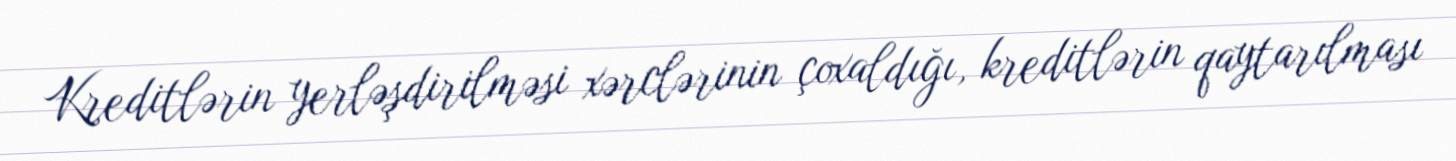
Kreditlərin yerləşdirilməsi xərclərinin çoxaldığı, kreditlərin qaytarılması